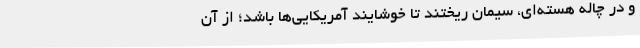
و در چاله هسته‌ای، سیمان ریختند تا خوشایند آمریکایی‌ها باشد؛ از آن